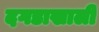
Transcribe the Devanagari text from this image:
दगडाखाली